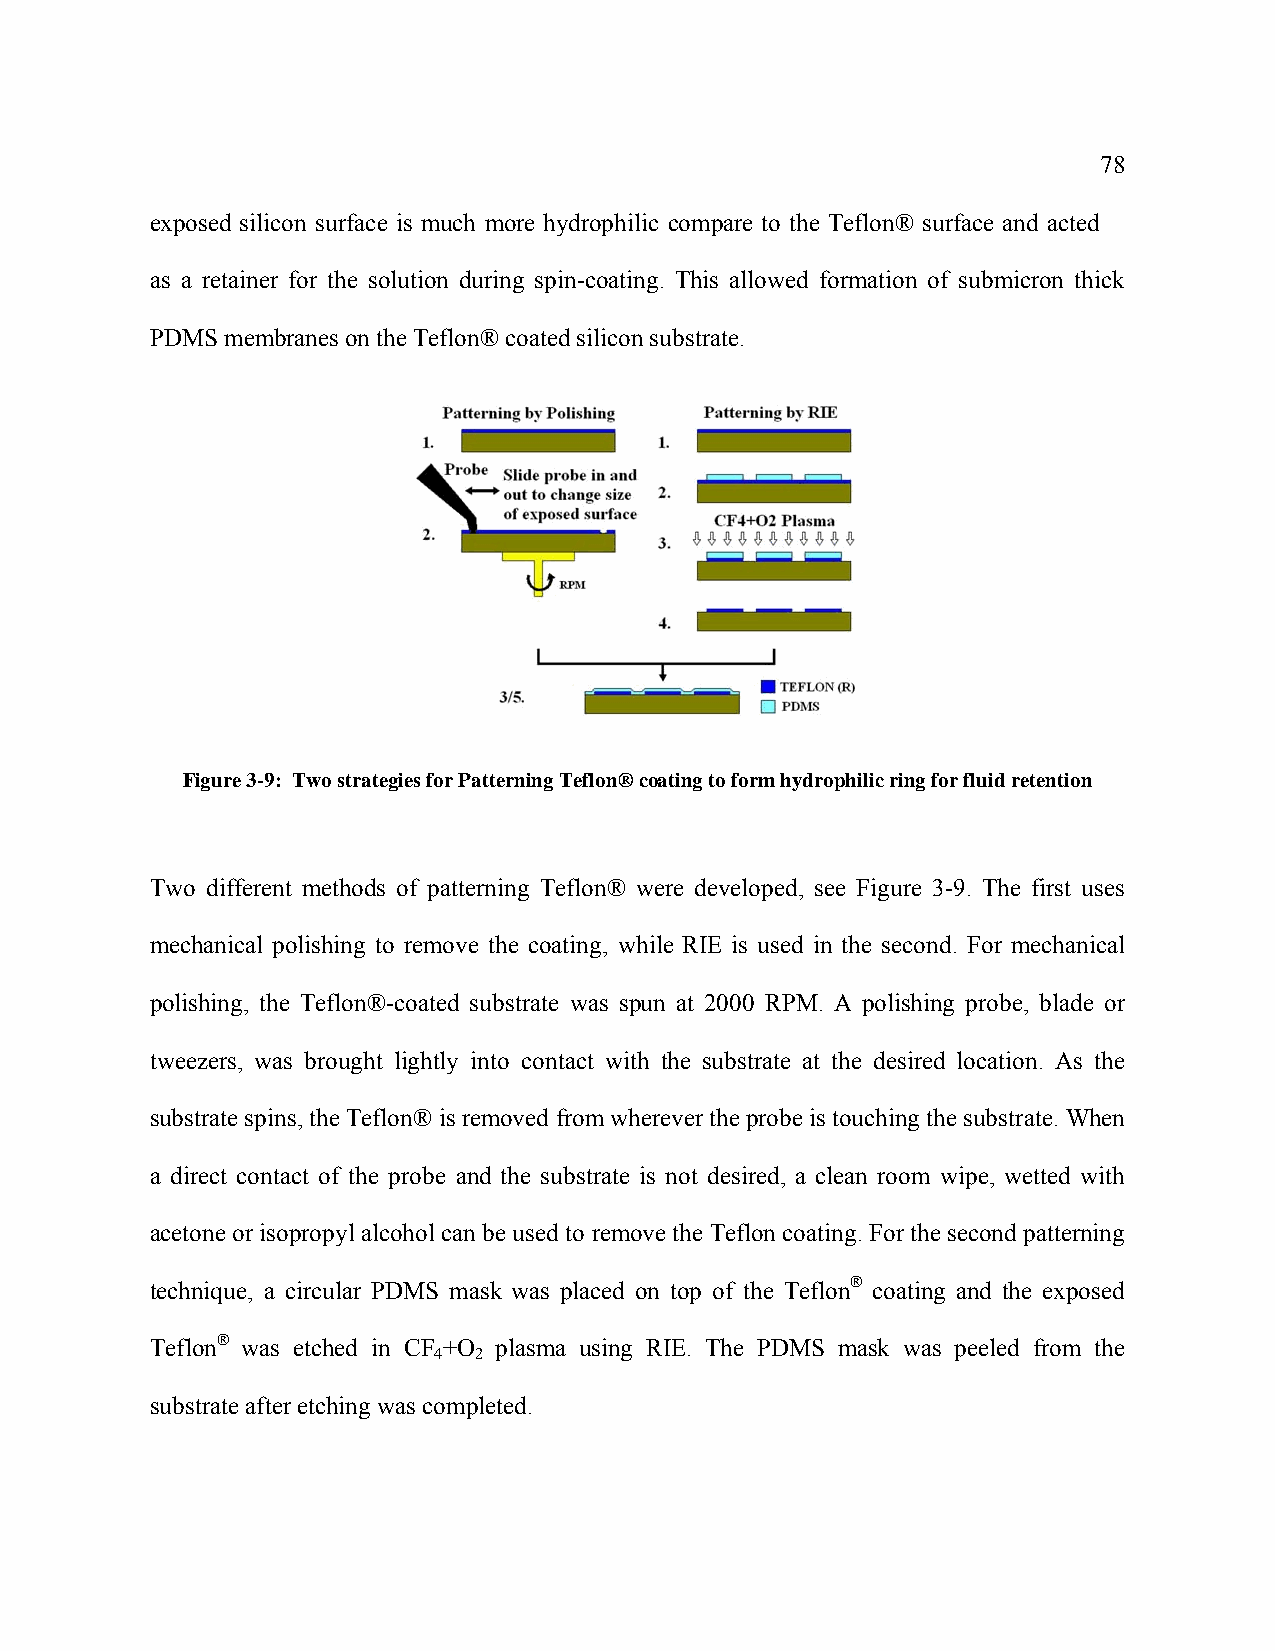
78
 exposed silicon surface is much more hydrophilic compare to the Teflon® surface and acted
 as a retainer for the solution during spin-coating. This allowed formation of submicron thick
 PDMS membranes on the Teflon® coated silicon substrate.
 Figure 3-9: Two strategies for Patterning Teflon® coating to form hydrophilic ring for fluid retention
 Two different methods of patterning Teflon® were developed, see Figure 3-9. The first uses
 mechanical polishing to remove the coating, while RIE is used in the second. For mechanical
 polishing, the Teflon®-coated substrate was spun at 2000 RPM. A polishing probe, blade or
 tweezers, was brought lightly into contact with the substrate at the desired location. As the
 substrate spins, the Teflon® is removed from wherever the probe is touching the substrate. When
 a direct contact of the probe and the substrate is not desired, a clean room wipe, wetted with
 acetone or isopropyl alcohol can be used to remove the Teflon coating. For the second patterning
 technique, a circular PDMS mask was placed on top of the Teflon® coating and the exposed
 Teflon® was etched in CF +O plasma using RIE. The PDMS mask was peeled from the
 4 2
 substrate after etching was completed.